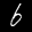
Label: 6